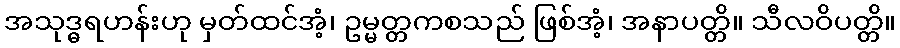
အသုဒ္ဓရဟန်းဟု မှတ်ထင်အံ့၊ ဥမ္မတ္တကစသည် ဖြစ်အံ့၊ အနာပတ္တိ။ သီလဝိပတ္တိ။